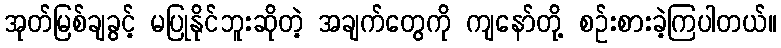
အုတ်မြစ်ချခွင့် မပြုနိုင်ဘူးဆိုတဲ့ အချက်တွေကို ကျနော်တို့ စဉ်းစားခဲ့ကြပါတယ်။